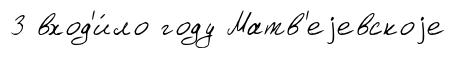
3 вход'и́ло году Матв'еjевскоjе